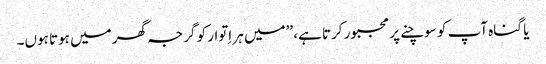
یا گناہ آپ کو سوچنے پر مجبور کرتا ہے، ’’میں ہر اِتوار کو گرجہ گھر میں ہوتا ہوں۔